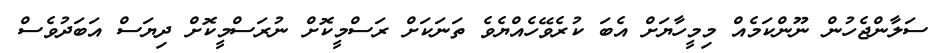
ސަލާންޖެހުން ނޫންކަމެއް މިމީހާޔަށް އެބަ ކުރެވޭހެއްޔެވެ ތަނަކަށް ރަސްމީކޮށް ނުރަސްމީކޮށް ދިޔަސް އަބަދުވެސް